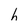
Character: h